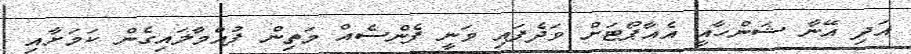
އަދި އޭނާ ޝަންހާއީ އެއާޕޯޓަށް ވަދެފައި ވަނީ ފެންސެއް މަތިން ފުއްމާލައިގެން ކަމަށާއި